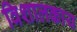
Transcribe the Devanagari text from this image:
विशालकाय